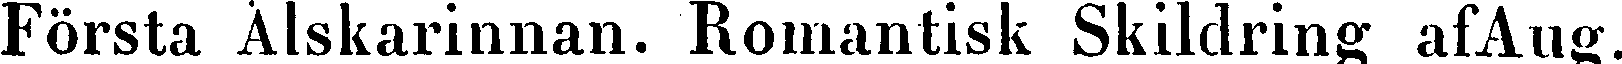
Första Älskarinnan. Romantisk Skildring afAug.